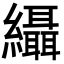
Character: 䌰